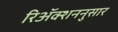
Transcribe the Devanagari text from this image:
रिॲक्शननुसार